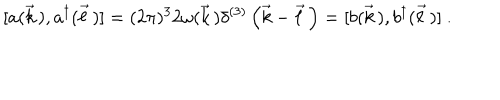
[ a ( \vec { k } \, ) , a ^ { \dagger } ( \vec { \ell } \, ) ] = ( 2 \pi ) ^ { 3 } 2 \omega ( \vec { k } \, ) \delta ^ { ( 3 ) } \left( \vec { k } - \vec { \ell } \, \right) = [ b ( \vec { k } \, ) , b ^ { \dagger } ( \vec { \ell } \, ) ] \ .